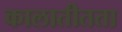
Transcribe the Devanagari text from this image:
कालातीतता